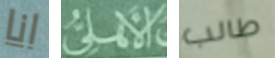
انا الأهلى طالب